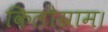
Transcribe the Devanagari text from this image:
किलोग्राम।